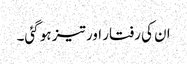
ان کی رفتار اور تیز ہو گئی۔